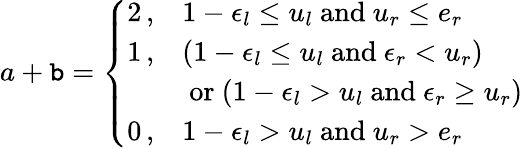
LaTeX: a+\mathtt{b}=\left\{ \begin{array}{ll}{2\, ,}&{1-\epsilon_{l}\leq u_{l}\mathrm{~and~}u_{r}\leq e_{r}}\\ {1\, ,}&{(1-\epsilon_{l}\leq u_{l}\mathrm{~and~}\epsilon_{r}<u_{r})}\\ {~}&{\mathrm{~or~}(1-\epsilon_{l}>u_{l}\mathrm{~and~}\epsilon_{r}\geq u_{r})}\\ {0\, ,}&{1-\epsilon_{l}>u_{l}\mathrm{~and~}u_{r}>e_{r}}\end{array}\right.